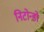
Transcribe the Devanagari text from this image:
निटोन्डो